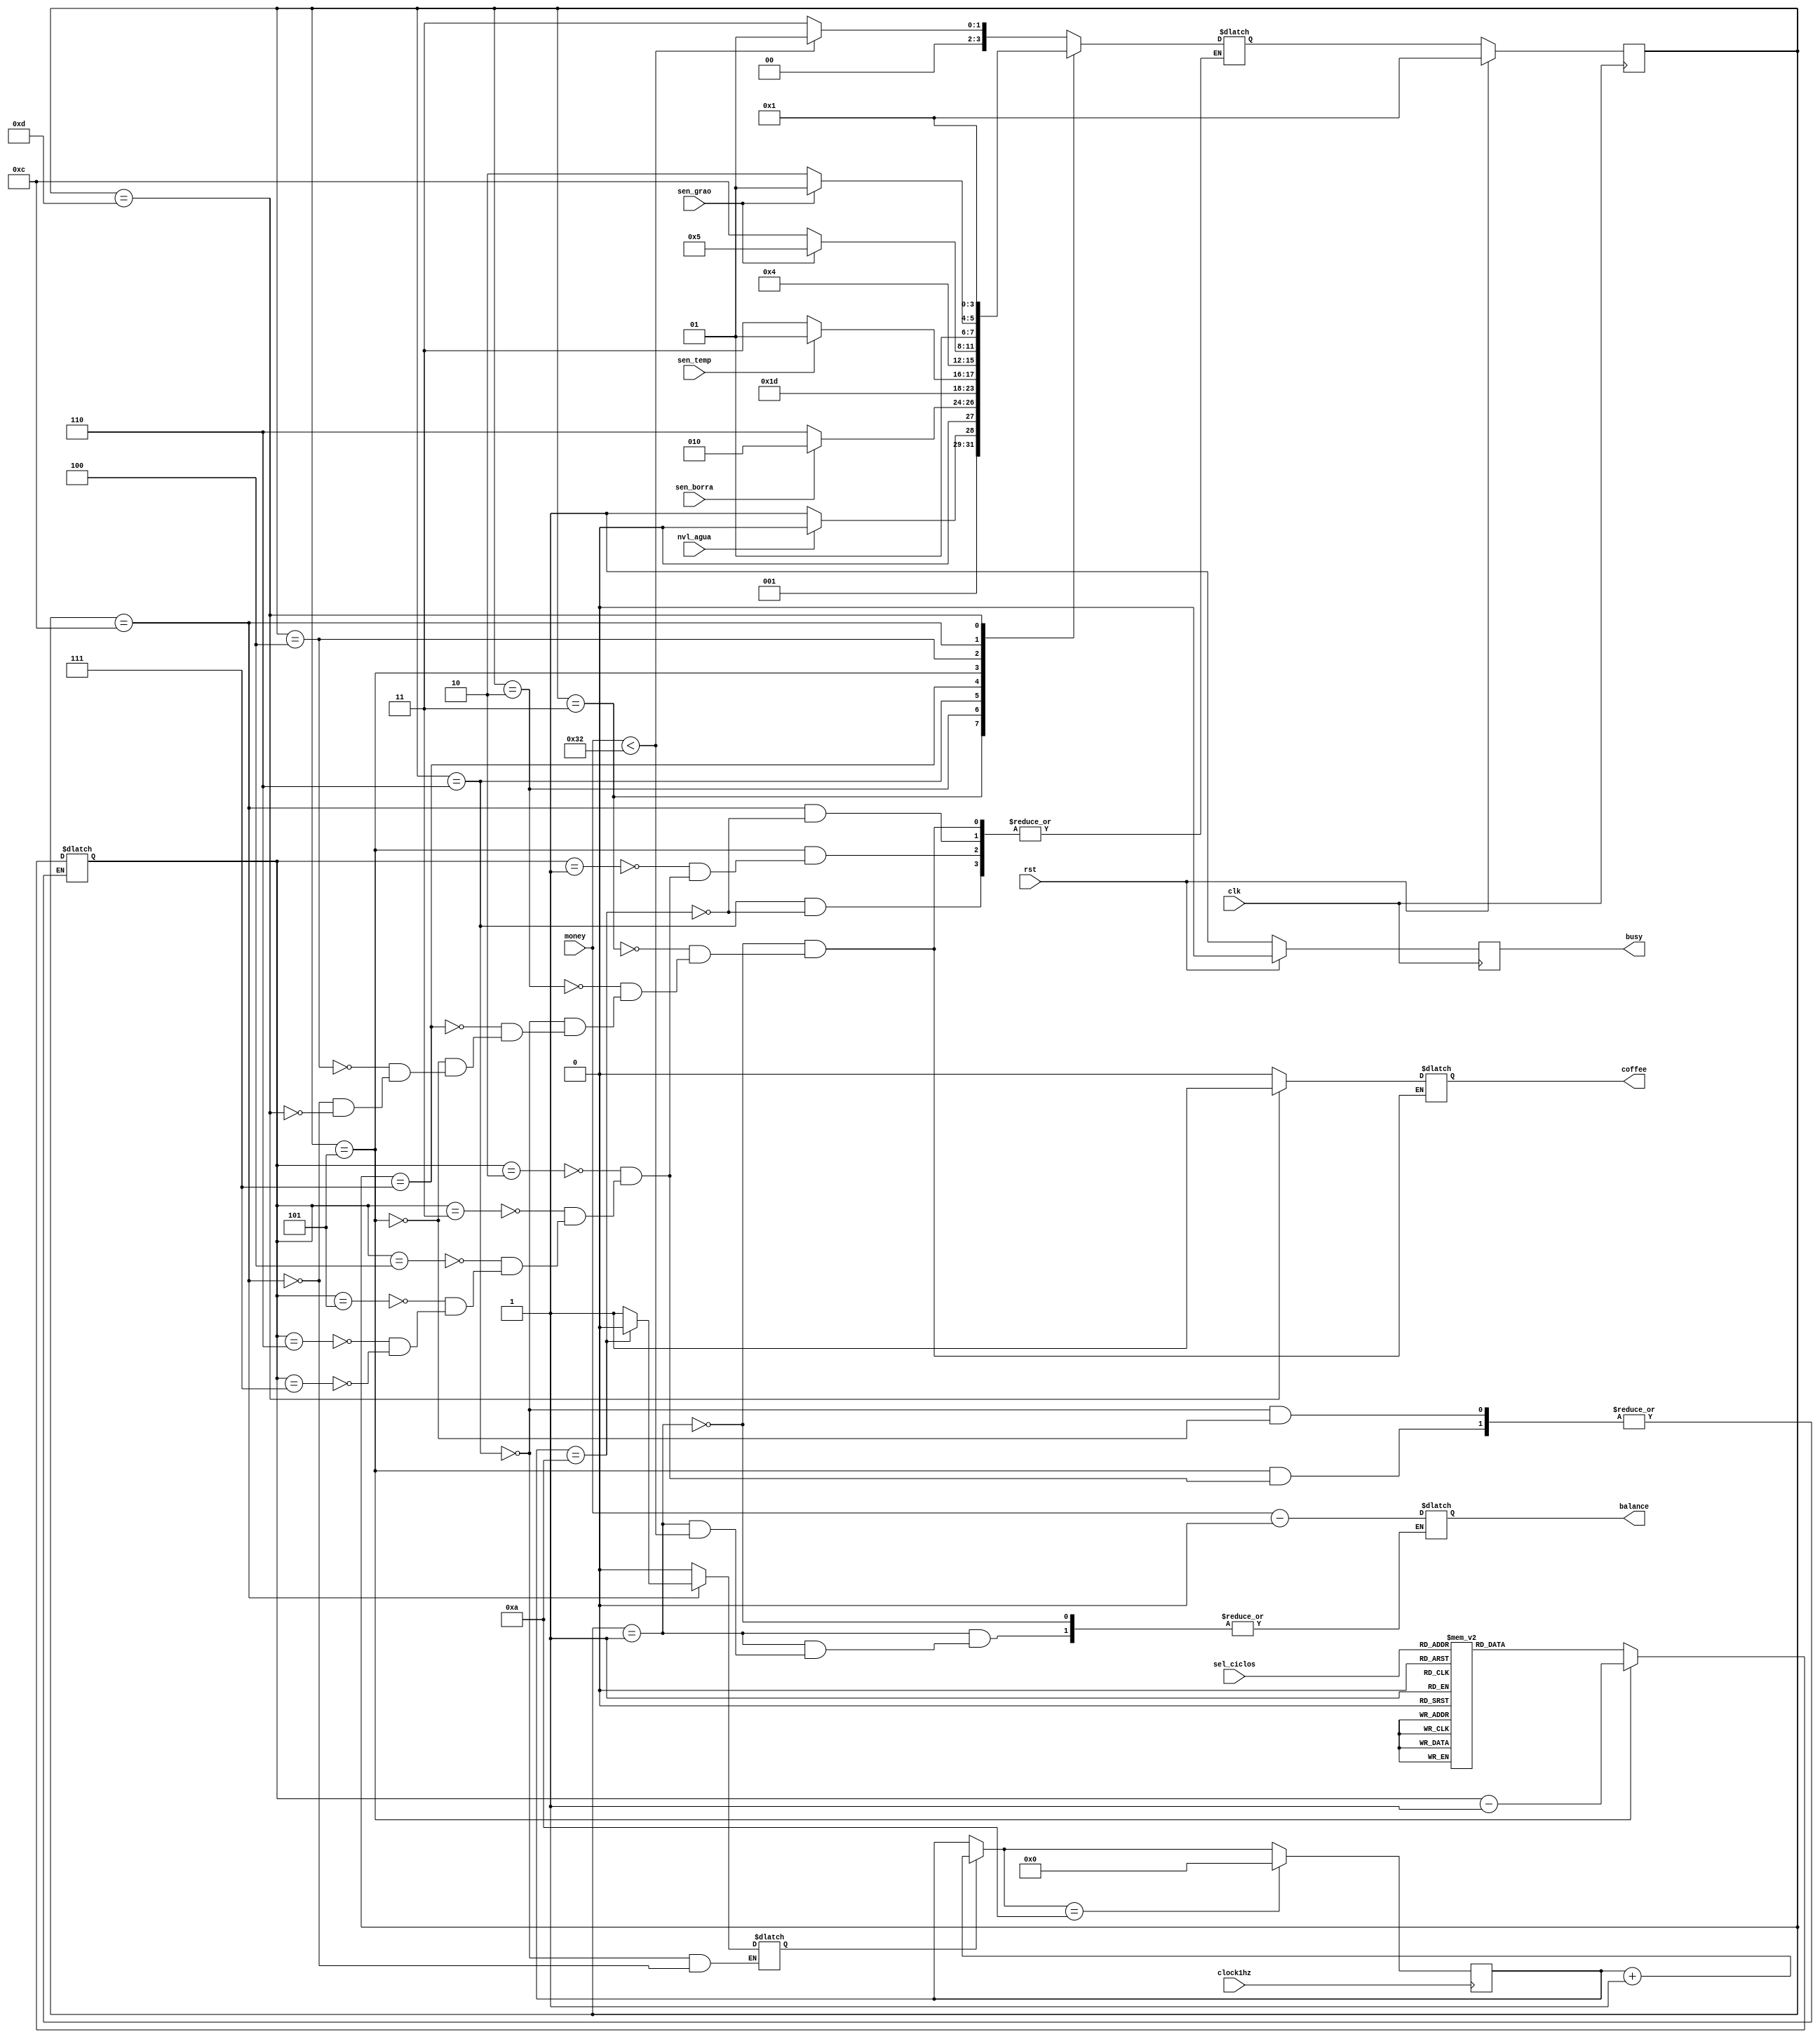
//MDULO EXPRESSO 
module expresso(clk, money, sen_borra, sen_grao, sen_temp, nvl_agua, sel_ciclos, rst, coffee, balance,clock1hz,busy);
input clk, money, sen_borra, sen_grao, sen_temp, nvl_agua, rst,clock1hz;
input [2:0] sel_ciclos;
output reg coffee, balance, busy;

	//parametros utilizando codificao gray
	
	parameter [3:0] S1contagem_money=4'b0001; //contagem do dinheiro
	parameter [3:0] S2verifica_agua=4'b0011; //verificao do nvel de gua
	parameter [3:0] S3verifica_borra=4'b0010; //verifica do nvel de borra
	parameter [3:0] S4sel_ciclos=4'b0110; // espera de 10 seg para a seleao do numero de ciclos de moagem
	parameter [3:0] S5verifica_temp=4'b0111; //verifica a temperatura da agua
	parameter [3:0] S6ciclo_moagem=4'b0101; //ciclo de moagem
	parameter [3:0] S7verifica_graos=4'b0100; //verifica a qtd de graos a cada ciclo de moagem
	parameter [3:0] S8espera=4'b1100; //espera de 10seg caso no haja gros suficientes
	parameter [3:0] S9cafe=4'b1101; //despeja a gua para a produo de cafe

	reg [3:0] next_state;
	reg [3:0] current_state;
	reg [3:0] contador=0;
	reg [2:0] n_ciclos;
	reg enable=1'b0;
	reg aux;
	
	//contador 10 segundos
	always@(posedge clock1hz)   
        begin
				enable=aux;
            if(enable)
                contador=contador+1;
				if(contador==10)begin
				enable=0;
				contador=0;
				end
        end


	always @(posedge clk)
		begin
			if(rst) begin
				current_state<=S1contagem_money;
				busy= 0;
				end
			else begin
				current_state<=next_state;
				busy= 1;
				end
		end


	always @(current_state or sen_borra or sen_grao or sen_temp or nvl_agua or sel_ciclos)begin
			case(current_state)
			S1contagem_money: begin
							 if(money== 50)
								next_state<=S2verifica_agua; //se o dinheiro estiver correto passa para o prximo estado
							 else if(money< 50)
							 	next_state<=S1contagem_money; //se o dinheiro for menos que o esperado mantm no estado at que haja o valor correto
							 else begin
							 	next_state<=S2verifica_agua; //se o dinheiro for maior que o esperado passa para o prximo estado e devolve o troco
								balance = money - 50;
								end
							 end
			S2verifica_agua: begin 
							 if(nvl_agua)
								next_state<=S3verifica_borra; //se o nvel de gua for o mnimo necessrio passa para o prximo estado
							 else 
							 	next_state<=S2verifica_agua; //se no mantm o estado e aguarda a adio de gua
								end
			S3verifica_borra: begin 
								if(!sen_borra)
								next_state<=S4sel_ciclos; //se a borra no estiver cheia passa para o prximo estado
							  else 
							  	next_state<=S3verifica_borra; //se estiver mantm o estado
								end
			S4sel_ciclos: begin 
								aux=1'b1;
								case(sel_ciclos)
								3'b000: n_ciclos<=1;
								3'b001: n_ciclos<=2;
								3'b010: n_ciclos<=3;
								3'b011: n_ciclos<=4;
								3'b100: n_ciclos<=5;
								3'b101: n_ciclos<=6;
								3'b110: n_ciclos<=7;
								3'b111: n_ciclos<=8;
								endcase
								if(contador==10)
									next_state<=S5verifica_temp; //Espera 10 segundos para a escolha da quantidade de ciclos
								aux=1'b0;
								end
			S5verifica_temp: begin
									if(sen_temp)
									next_state<=S6ciclo_moagem; //Verifica se a temperatura esta ideal e passa para o proximo estado
									else
									next_state<=S5verifica_temp; //Continua esperando a temperatura ideal
									end
			S6ciclo_moagem: begin
									case(n_ciclos)
                                0: begin
                                    end
                                1: begin                          
											  next_state <= S7verifica_graos;
                                    end
                                2: begin
                                   n_ciclos <= (n_ciclos-1);
											  next_state <= S7verifica_graos;
                                    end
                                3: begin     
                                   n_ciclos <= (n_ciclos-1);
											  next_state <= S7verifica_graos;
                                    end
                                4: begin
                                   n_ciclos <= (n_ciclos-1);
											  next_state <= S7verifica_graos;
                                    end
                                5: begin
                                   n_ciclos <= (n_ciclos-1);
											  next_state <= S7verifica_graos;
                                    end
                                6: begin
                                   n_ciclos <= (n_ciclos-1);
											  next_state <= S7verifica_graos;
                                    end
                                7: begin
                                   n_ciclos <= (n_ciclos-1);
											  next_state <= S7verifica_graos;
                                    end
                                8: begin
                                   n_ciclos <= (n_ciclos-1);
											  next_state <= S7verifica_graos;
                                    end
										  default: next_state<=S7verifica_graos;
                            endcase
								end
			S7verifica_graos: begin //verifica se possui gros
									if(sen_grao)
										next_state<=S6ciclo_moagem; //se possuir continua o ciclo de moagem
									else
										next_state<=S8espera; //caso no possua vai para o estado de espera
									end
			S8espera: begin
						 aux=1'b1;
						 if(contador==10)begin //aguarda 10 segundos para a insero de gros
								aux=1'b0;
								if(sen_grao) //se aps 10 segundos houver gros suficientes
										next_state<=S6ciclo_moagem; //continua a moagem
								 else
										next_state<=S4sel_ciclos; // se no volta para a seleo do nmero de ciclos
												end
							end
			S9cafe: next_state<=S1contagem_money;				
					endcase
			end

	always@ (current_state)begin
		case(current_state)
			S1contagem_money: coffee=0;
			S2verifica_agua: coffee=0;
			S3verifica_borra: coffee=0;
			S4sel_ciclos: coffee=0;
			S5verifica_temp: coffee=0;
			S6ciclo_moagem: coffee=0;
			S7verifica_graos: coffee= 0;
			S8espera: coffee=0;
			S9cafe: coffee=1;
		endcase
		end
endmodule 


//MDULO CAF MDIO

module medio(clk, money, sen_borra, sen_grao, sen_temp, nvl_agua, sel_ciclos, rst, coffee, balance,clock1hz,busy);
input clk, money, sen_borra, sen_grao, sen_temp, nvl_agua, rst,clock1hz;
input [2:0] sel_ciclos;
output reg coffee, balance, busy;

	//parametros utilizando codificao gray
	
	parameter [3:0] S1contagem_money=4'b0001; //contagem do dinheiro
	parameter [3:0] S2verifica_agua=4'b0011; //verificao do nvel de gua
	parameter [3:0] S3verifica_borra=4'b0010; //verifica do nvel de borra
	parameter [3:0] S4sel_ciclos=4'b0110; // espera de 10 seg para a seleao do numero de ciclos de moagem
	parameter [3:0] S5verifica_temp=4'b0111; //verifica a temperatura da agua
	parameter [3:0] S6ciclo_moagem=4'b0101; //ciclo de moagem
	parameter [3:0] S7verifica_graos=4'b0100; //verifica a qtd de graos a cada ciclo de moagem
	parameter [3:0] S8espera=4'b1100; //espera de 10seg caso no haja gros suficientes
	parameter [3:0] S9cafe=4'b1101; //despeja a gua para a produo de cafe

	reg [3:0] next_state;
	reg [3:0] current_state;
	reg [3:0] contador=0;
	reg [2:0] n_ciclos;
	reg enable=1'b0;
	reg aux;
	always@(posedge clock1hz)   
        begin
				enable=aux;
            if(enable)
                contador=contador+1;
				if(contador==10)begin
				enable=0;
				contador=0;
				end
        end


	always @(posedge clk)
		begin
			if(rst) begin
				current_state<=S1contagem_money;
				busy= 0;
				end
			else begin
				current_state<=next_state;
				busy= 1;
				end
		end


	always @(current_state or sen_borra or sen_grao or sen_temp or nvl_agua or sel_ciclos)begin
			case(current_state)
			S1contagem_money: begin
							 if(money== 50)
								next_state<=S2verifica_agua; //se o dinheiro estiver correto passa para o prximo estado
							 else if(money< 50)
							 	next_state<=S1contagem_money; //se o dinheiro for menos que o esperado mantm no estado at que haja o valor correto
							 else begin
							 	next_state<=S2verifica_agua; //se o dinheiro for maior que o esperado passa para o prximo estado e devolve o troco
								balance = money - 50;
								end
							 end
			S2verifica_agua: begin 
							 if(nvl_agua)
								next_state<=S3verifica_borra; //se o nvel de gua for o mnimo necessrio passa para o prximo estado
							 else 
							 	next_state<=S2verifica_agua; //se no mantm o estado e aguarda a adio de gua
								end
			S3verifica_borra: begin 
								if(!sen_borra)
								next_state<=S4sel_ciclos; //se a borra no estiver cheia passa para o prximo estado
							  else 
							  	next_state<=S3verifica_borra; //se estiver mantm o estado
								end
			S4sel_ciclos: begin 
								aux=1'b1;
								case(sel_ciclos)
								3'b000: n_ciclos<=1;
								3'b001: n_ciclos<=2;
								3'b010: n_ciclos<=3;
								3'b011: n_ciclos<=4;
								3'b100: n_ciclos<=5;
								3'b101: n_ciclos<=6;
								3'b110: n_ciclos<=7;
								3'b111: n_ciclos<=8;
								endcase
								if(contador==10)
									next_state<=S5verifica_temp; //Espera 10 segundos para a escolha da quantidade de ciclos
								aux=1'b0;
								end
			S5verifica_temp: begin
									if(sen_temp)
									next_state<=S6ciclo_moagem; //Verifica se a temperatura esta ideal e passa para o proximo estado
									else
									next_state<=S5verifica_temp; //Continua esperando a temperatura ideal
									end
			S6ciclo_moagem: begin
									case(n_ciclos)
                                0: begin
                                    end
                                1: begin                          
											  next_state <= S7verifica_graos;
                                    end
                                2: begin
                                   n_ciclos <= (n_ciclos-1);
											  next_state <= S7verifica_graos;
                                    end
                                3: begin     
                                   n_ciclos <= (n_ciclos-1);
											  next_state <= S7verifica_graos;
                                    end
                                4: begin
                                   n_ciclos <= (n_ciclos-1);
											  next_state <= S7verifica_graos;
                                    end
                                5: begin
                                   n_ciclos <= (n_ciclos-1);
											  next_state <= S7verifica_graos;
                                    end
                                6: begin
                                   n_ciclos <= (n_ciclos-1);
											  next_state <= S7verifica_graos;
                                    end
                                7: begin
                                   n_ciclos <= (n_ciclos-1);
											  next_state <= S7verifica_graos;
                                    end
                                8: begin
                                   n_ciclos <= (n_ciclos-1);
											  next_state <= S7verifica_graos;
                                    end
										  default: next_state<=S7verifica_graos;
                            endcase
								end
			S7verifica_graos: begin
									if(sen_grao)
										next_state<=S6ciclo_moagem;
									else
										next_state<=S8espera;
									end
			S8espera: begin
						 aux=1'b1;
						 if(contador==10)begin
								aux=1'b0;
								if(sen_grao)
										next_state<=S6ciclo_moagem;
								 else
										next_state<=S4sel_ciclos;
												end
							end
			S9cafe: next_state<=S1contagem_money;				
					endcase
			end

	always@ (current_state)begin
		case(current_state)
			S1contagem_money: coffee=0;
			S2verifica_agua: coffee=0;
			S3verifica_borra: coffee=0;
			S4sel_ciclos: coffee=0;
			S5verifica_temp: coffee=0;
			S6ciclo_moagem: coffee=0;
			S7verifica_graos: coffee= 0;
			S8espera: coffee=0;
			S9cafe: coffee=1;
		endcase
		end
endmodule 

// MDULO CAF CHEIO

module cheio(clk, money, sen_borra, sen_grao, sen_temp, nvl_agua, sel_ciclos, rst, coffee, balance,clock1hz,busy);
input clk, money, sen_borra, sen_grao, sen_temp, nvl_agua, rst,clock1hz;
input [2:0] sel_ciclos;
output reg coffee, balance, busy;

	//parametros utilizando codificao gray
	
	parameter [3:0] S1contagem_money=4'b0001; //contagem do dinheiro
	parameter [3:0] S2verifica_agua=4'b0011; //verificao do nvel de gua
	parameter [3:0] S3verifica_borra=4'b0010; //verifica do nvel de borra
	parameter [3:0] S4sel_ciclos=4'b0110; // espera de 10 seg para a seleao do numero de ciclos de moagem
	parameter [3:0] S5verifica_temp=4'b0111; //verifica a temperatura da agua
	parameter [3:0] S6ciclo_moagem=4'b0101; //ciclo de moagem
	parameter [3:0] S7verifica_graos=4'b0100; //verifica a qtd de graos a cada ciclo de moagem
	parameter [3:0] S8espera=4'b1100; //espera de 10seg caso no haja gros suficientes
	parameter [3:0] S9cafe=4'b1101; //despeja a gua para a produo de cafe

	reg [3:0] next_state;
	reg [3:0] current_state;
	reg [3:0] contador=0;
	reg [2:0] n_ciclos;
	reg enable=1'b0;
	reg aux;
	always@(posedge clock1hz)   
        begin
				enable=aux;
            if(enable)
                contador=contador+1;
				if(contador==10)begin
				enable=0;
				contador=0;
				end
        end

	always @(posedge clk)
		begin
			if(rst) begin
				current_state<=S1contagem_money;
				busy= 0;
				end
			else begin
				current_state<=next_state;
				busy= 1;
				end
		end


	always @(current_state or sen_borra or sen_grao or sen_temp or nvl_agua or sel_ciclos)begin
			case(current_state)
			S1contagem_money: begin
							 if(money== 50)
								next_state<=S2verifica_agua; //se o dinheiro estiver correto passa para o prximo estado
							 else if(money< 50)
							 	next_state<=S1contagem_money; //se o dinheiro for menos que o esperado mantm no estado at que haja o valor correto
							 else begin
							 	next_state<=S2verifica_agua; //se o dinheiro for maior que o esperado passa para o prximo estado e devolve o troco
								balance = money - 50;
								end
							 end
			S2verifica_agua: begin 
							 if(nvl_agua)
								next_state<=S3verifica_borra; //se o nvel de gua for o mnimo necessrio passa para o prximo estado
							 else 
							 	next_state<=S2verifica_agua; //se no mantm o estado e aguarda a adio de gua
								end
			S3verifica_borra: begin 
								if(!sen_borra)
								next_state<=S4sel_ciclos; //se a borra no estiver cheia passa para o prximo estado
							  else 
							  	next_state<=S3verifica_borra; //se estiver mantm o estado
								end
			S4sel_ciclos: begin 
								aux=1'b1;
								case(sel_ciclos)
								3'b000: n_ciclos<=1;
								3'b001: n_ciclos<=2;
								3'b010: n_ciclos<=3;
								3'b011: n_ciclos<=4;
								3'b100: n_ciclos<=5;
								3'b101: n_ciclos<=6;
								3'b110: n_ciclos<=7;
								3'b111: n_ciclos<=8;
								endcase
								if(contador==10)
									next_state<=S5verifica_temp; //Espera 10 segundos para a escolha da quantidade de ciclos
								aux=1'b0;
								end
			S5verifica_temp: begin
									if(sen_temp)
									next_state<=S6ciclo_moagem; //Verifica se a temperatura esta ideal e passa para o proximo estado
									else
									next_state<=S5verifica_temp; //Continua esperando a temperatura ideal
									end
			S6ciclo_moagem: begin
									case(n_ciclos)
                                0: begin
                                    end
                                1: begin                          
											  next_state <= S7verifica_graos;
                                    end
                                2: begin
                                   n_ciclos <= (n_ciclos-1);
											  next_state <= S7verifica_graos;
                                    end
                                3: begin     
                                   n_ciclos <= (n_ciclos-1);
											  next_state <= S7verifica_graos;
                                    end
                                4: begin
                                   n_ciclos <= (n_ciclos-1);
											  next_state <= S7verifica_graos;
                                    end
                                5: begin
                                   n_ciclos <= (n_ciclos-1);
											  next_state <= S7verifica_graos;
                                    end
                                6: begin
                                   n_ciclos <= (n_ciclos-1);
											  next_state <= S7verifica_graos;
                                    end
                                7: begin
                                   n_ciclos <= (n_ciclos-1);
											  next_state <= S7verifica_graos;
                                    end
                                8: begin
                                   n_ciclos <= (n_ciclos-1);
											  next_state <= S7verifica_graos;
                                    end
										  default: next_state<=S7verifica_graos;
                            endcase
								end
			S7verifica_graos: begin
									if(sen_grao)
										next_state<=S6ciclo_moagem;
									else
										next_state<=S8espera;
									end
			S8espera: begin
						 aux=1'b1;
						 if(contador==10)begin
								aux=1'b0;
								if(sen_grao)
										next_state<=S6ciclo_moagem;
								 else
										next_state<=S4sel_ciclos;
												end
							end
			S9cafe: next_state<=S1contagem_money;
				
					endcase
			end
			
	always@ (current_state)begin
		case(current_state)
			S1contagem_money: coffee=0;
			S2verifica_agua: coffee=0;
			S3verifica_borra: coffee=0;
			S4sel_ciclos: coffee=0;
			S5verifica_temp: coffee=0;
			S6ciclo_moagem: coffee=0;
			S7verifica_graos: coffee= 0;
			S8espera: coffee=0;
			S9cafe: coffee=1;
		endcase
		end
endmodule 

//MODULO PRINCIPAL
/*module Cafeteira (clk, money, sen_borra, sen_grao, sen_temp, nvl_agua, sel_ciclos, rst,clock1hz, botao1, botao2, botao3, botao4, coffee);
input clk, money, sen_borra, sen_grao, sen_temp, nvl_agua, sel_ciclos, rst,clock1hz, botao1, botao2, botao3, botao4;
output coffee, balance;

wire busy;
wire agua_ligada= 0;

	if (botao1 && !busy && !agua_ligada)
			expresso u1(.clk(clk), .money(money), .sen_borra(sen_borra), .sen_grao(sen_grao), .sen_temp(sen_temp), .nvl_agua(nvl_agua), .sel_ciclos(sel_ciclos), .rst(rst),
			.clk1hz(clk1hz), .balance(balance), .busy(busy), .coffee(coffee));
			
	else if (botao1 && agua_ligada)
		agua_ligada=0;
		
	else if(botao2 && !busy)
		medio u1(.clk(clk), .money(money), .sen_borra(sen_borra), .sen_grao(sen_grao), .sen_temp(sen_temp), .nvl_agua(nvl_agua), .sel_ciclos(sel_ciclos), .rst(rst),.clk1hz(clk1hz), .balance(balance), .busy(busy), .coffee(coffee));
		
	else if(botao3 && !busy)
		cheio u1(.clk(clk), .money(money), .sen_borra(sen_borra), .sen_grao(sen_grao), .sen_temp(sen_temp), .nvl_agua(nvl_agua), .sel_ciclos(sel_ciclos), .rst(rst),
		.clk1hz(clk1hz), .balance(balance), .busy(busy), .coffee(coffee));
		
	else if(botao4 && !busy)begin
		agua_ligada = 1;
		busy=1;
			end

		endmodule
		*/